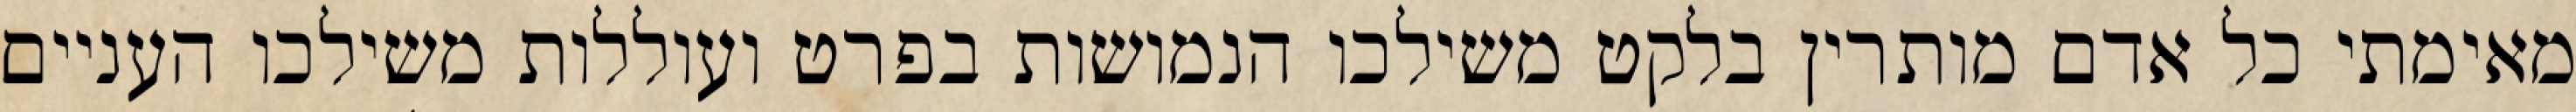
מאימתי כל אדם מותרין בלקט משילכו הנמושות בפרט ועוללות משילכו העניים